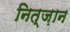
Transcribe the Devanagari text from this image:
नित्ज़ान